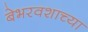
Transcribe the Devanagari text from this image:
बेभरवशाच्या